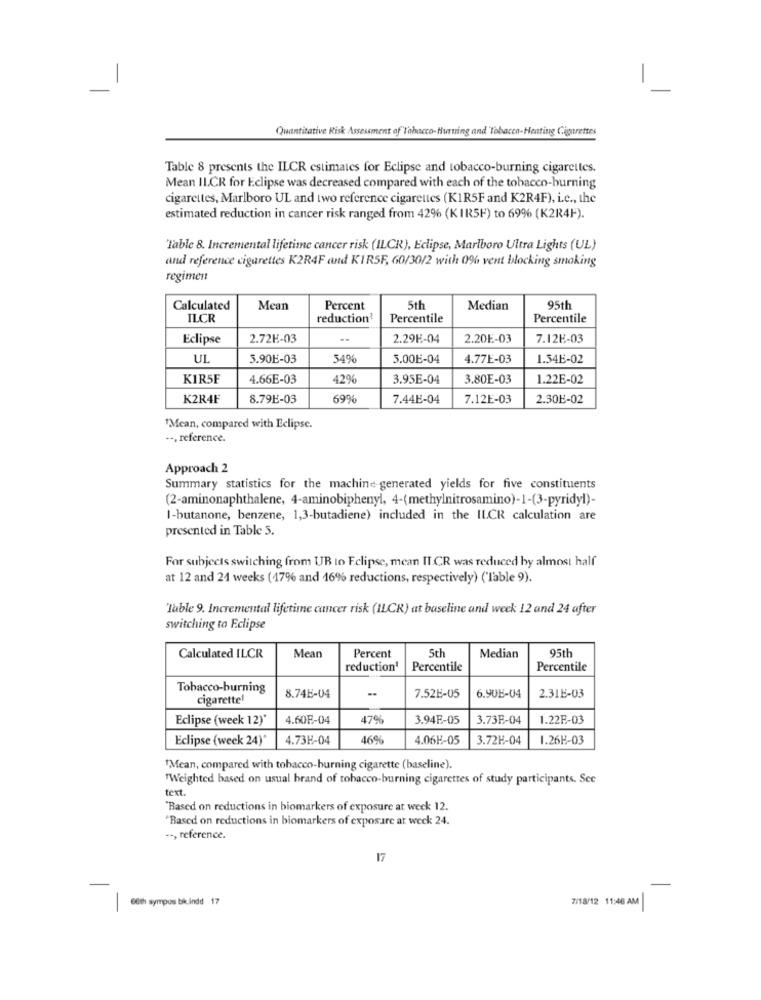
Quantitative Risk Assessment of"Tabacco-Hurting and Tobacco-Heating Cigarettes
Table 8 presents the ILCR estimates for Eclipse and tobacco-burning cigarettes.
Mean II.CR for Eclipse was decreased compared with each of the tobacco-burning
cigarettes, Marlboro UL and two reference cigarettes (KIR5F and K2R4F), i.c ., the
estimated reduction in cancer risk ranged from 42% (KIR5F) to 69% (K2R4F).
Table 8. Incremental lifetime cancer risk (ILCR), Eclipse, Marlboro Ultra Lights (UL)
and reference cigarettes K2R4F and KIR5F, 60/30/2 with 0% vent blocking smoking
regimen
Calculated
Mean
Percent
5th
Median
95th
ILCR
reduction'
Percentile
Percentile
Eclipse
2.72H-03
..
2.29H-04
2.20E-03
7.12H-03
UL
5.90E-03
54%
5.00E-04
4.77E-03
1.54₺-02
KIR5F
4.66E-03
429
3.95E-04
3.80E-03
1.22E-02
K2R4F
8.79E-03
69%
7.44B-04
7.12E-03
2.30E-02
1Mcan, compared with Eclipse.
--, reference.
Approach 2
Summary statistics for the machine generated yields for five constituents
(2-aminonaphthalene, 4-aminobiphenyl, 4-(methylnitrosamino)-1-(3-pyridyl)-
I-butanone, benzene, 1,3-butadiene) included in the ILCR calculation are
presented in Table 5.
For subjects switching from UB to Eclipse, mean IT CR was reduced by almost half
at 12 and 24 weeks (17% and 16% reductions, respectively) ('lable 9).
'Table 9. Incremental lifetime cancer risk (ILCR) at baseline and week 12 and 24 after
switching to Eclipse
5th
Calculated ILCR
Mean
Percent
Median
95th
reduction'
Percentile
Percentile
Tobacco-burning
cigarette!
8.74H-04
..
7.52B-05
6.906-04
2.31E-03
Eclipse (week 12)*
4.60F-04
47
3.94F-05
3.73F-04
1.22E-03
Eclipse (week 24)*
4.73H-04
46%
4.06H-05
3.72H-04
1.26H-03
"Mean, compared with tobacco-burning cigarette (baseline).
Weighted based on usual brand of tobacco-burning cigarettes of study participants. Scc
text.
"Based on reductions in biomarkers of exposure at week 12.
"Based on reductions in biomarkers of exposure at weck 24.
--, reference.
17
60th sympos bic ind 17
7/18/12 11:46 AM